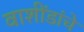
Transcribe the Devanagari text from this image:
वाशींडांचे